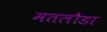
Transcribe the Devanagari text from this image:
मतलौडा